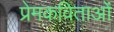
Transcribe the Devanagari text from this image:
प्रेमकविताओं